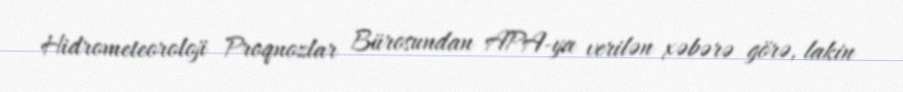
Hidrometeoroloji Proqnozlar Bürosundan APA-ya verilən xəbərə görə, lakin